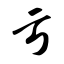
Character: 亏